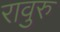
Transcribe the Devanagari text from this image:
रावुरु